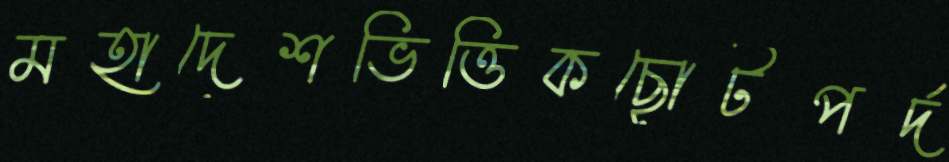
মহাদেশভিত্তিকছোটপর্দ